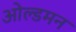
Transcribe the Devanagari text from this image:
ओल्डमन